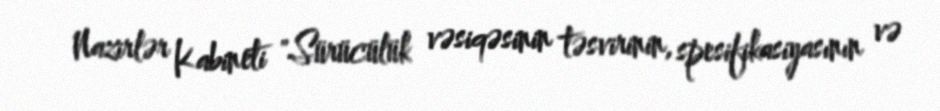
Nazirlər Kabineti "Sürücülük vəsiqəsinin təsvirinin, spesifikasiyasının və